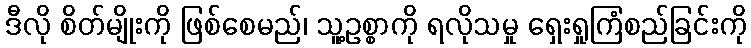
ဒီလို စိတ်မျိုးကို ဖြစ်စေမည်၊ သူ့ဥစ္စာကို ရလိုသမှု ရှေးရှုကြံစည်ခြင်းကို